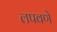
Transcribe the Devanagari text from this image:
लपवणे